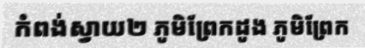
កំពង់ស្វាយ២ ភូមិព្រែកដូង ភូមិព្រែក